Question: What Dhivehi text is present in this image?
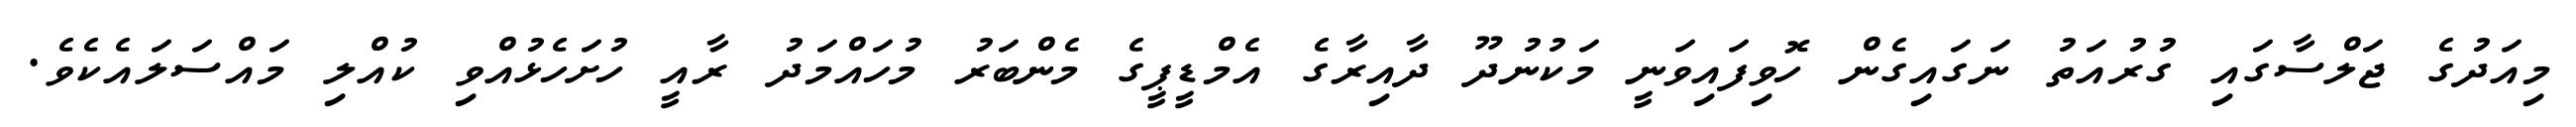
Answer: މިއަދުގެ ޖަލްސާގައި ގުރުއަތު ނަގައިގެން ހޮވިފައިވަނީ މަކުނުދޫ ދާއިރާގެ އެމްޑީޕީގެ މެންބަރު މުހައްމަދު ރާއީ ހުށަހެޅުއްވި ކުއްލި މައްސަލައެކެވެ.